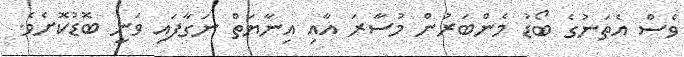
ވެސް އެތަނުގެ ބޯޑު މެންބަރުން މުސާރަ އާއި އިނާޔަތް ނަގާފައި ވަނީ ބޮޑުކޮށެވެ.